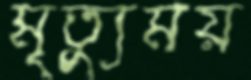
মৃত্যুময়